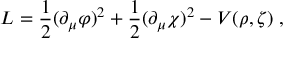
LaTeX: { \cal L } = \frac { 1 } { 2 } ( \partial _ { \mu } \varphi ) ^ { 2 } + \frac { 1 } { 2 } ( \partial _ { \mu } \chi ) ^ { 2 } - V ( \rho , \zeta ) \; ,